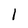
Character: l